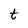
Character: t